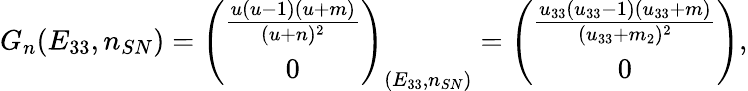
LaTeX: G_{n}(E_{33},n_{SN})=\left(\begin{array}{c}{\frac{u(u-1)(u+m)}{(u+n)^{2}}}\\ {0}\end{array}\right)_{(E_{33},n_{SN})}=\left(\begin{array}{c}{\frac{u_{33}(u_{33}-1)(u_{33}+m)}{(u_{33}+m_{2})^{2}}}\\ {0}\end{array}\right),